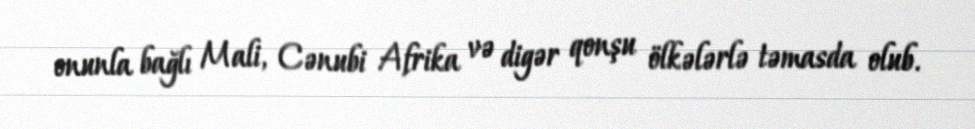
onunla bağlı Mali, Cənubi Afrika və digər qonşu ölkələrlə təmasda olub.